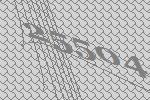
25504